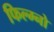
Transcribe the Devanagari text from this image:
फिल्म्नो